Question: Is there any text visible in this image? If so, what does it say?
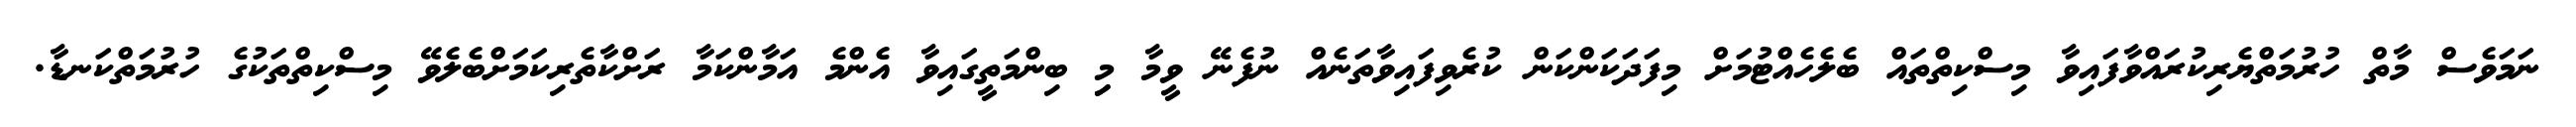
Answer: ނަމަވެސް މާތް ހުރުމަތްޔެރިކުރައްވާފައިވާ މިސްކިތްތައް ބެލެހެއްޓުމަށް މިފަދަކަންކަން ކުރެވިފައިވާތަނެއް ނުފެނޭ ވީމާ މިި ބިންމަތީގައިވާ އެންމެ އަމާންކަމާ ރަށްކާތެރިކަމަށްބެލެވޭ މިސްކިތްތަކުގެ ހުރުމަތްކަނޑާ.